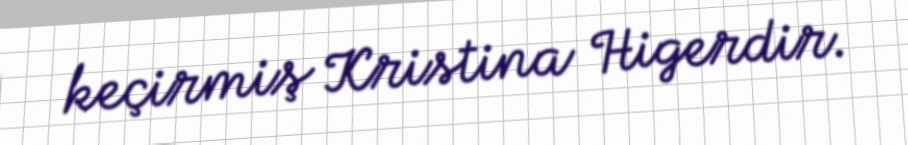
keçirmiş Kristina Higerdir.